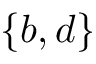
\{ b , d \}